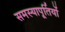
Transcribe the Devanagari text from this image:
समस्यापूर्तियों